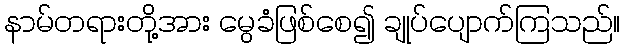
နာမ်တရားတို့အား မွေခံဖြစ်စေ၍ ချုပ်ပျောက်ကြသည်။